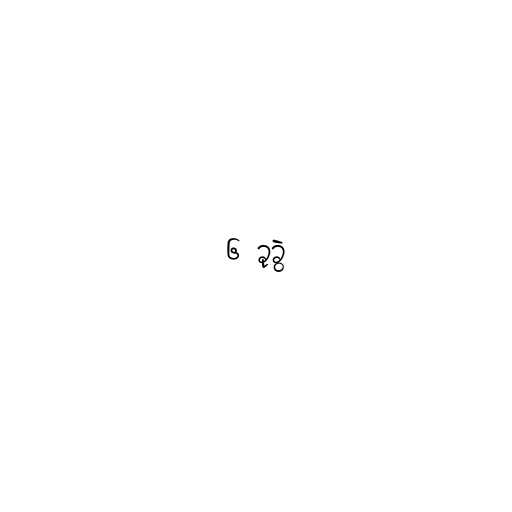
၆ ခုခွဲ